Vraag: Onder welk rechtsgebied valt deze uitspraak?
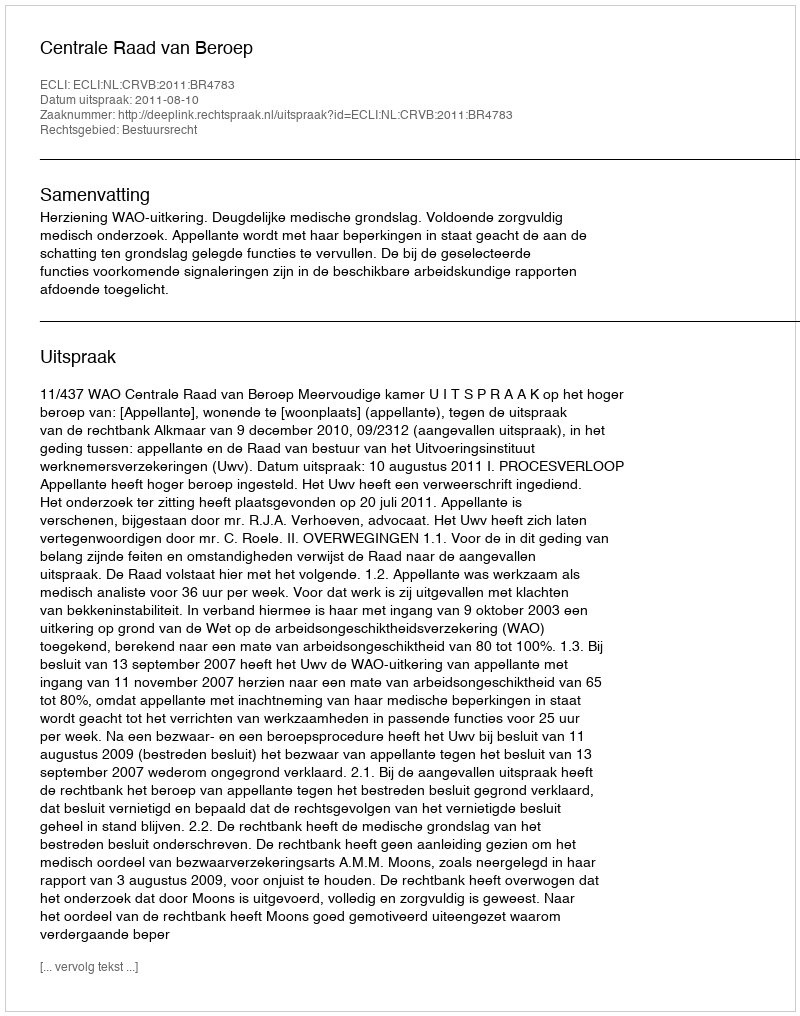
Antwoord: Bestuursrecht